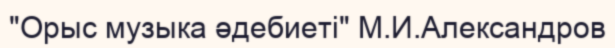
"Орыс музыка әдебиеті" М.И.Александров